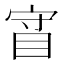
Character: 𰥡